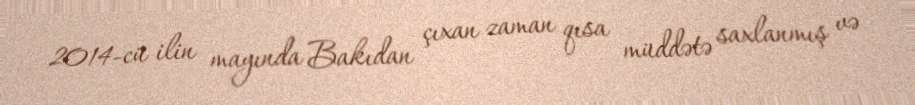
2014-cü ilin mayında Bakıdan çıxan zaman qısa müddətə saxlanmış və